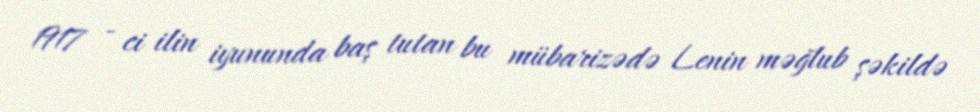
1917 - ci ilin iyununda baş tutan bu mübarizədə Lenin məğlub şəkildə